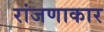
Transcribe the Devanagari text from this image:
रांजणाकार